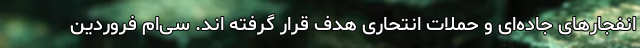
انفجارهای جاده‌ای و حملات انتحاری هدف قرار گرفته اند. سی‌ام فروردین